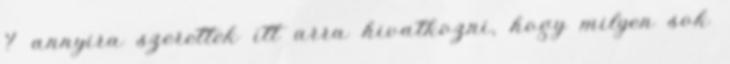
? annyira szerettek itt arra hivatkozni, hogy milyen sok